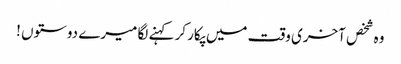
وہ شخص آخری وقت میں پکار کر کہنے لگا میرے دوستوں !